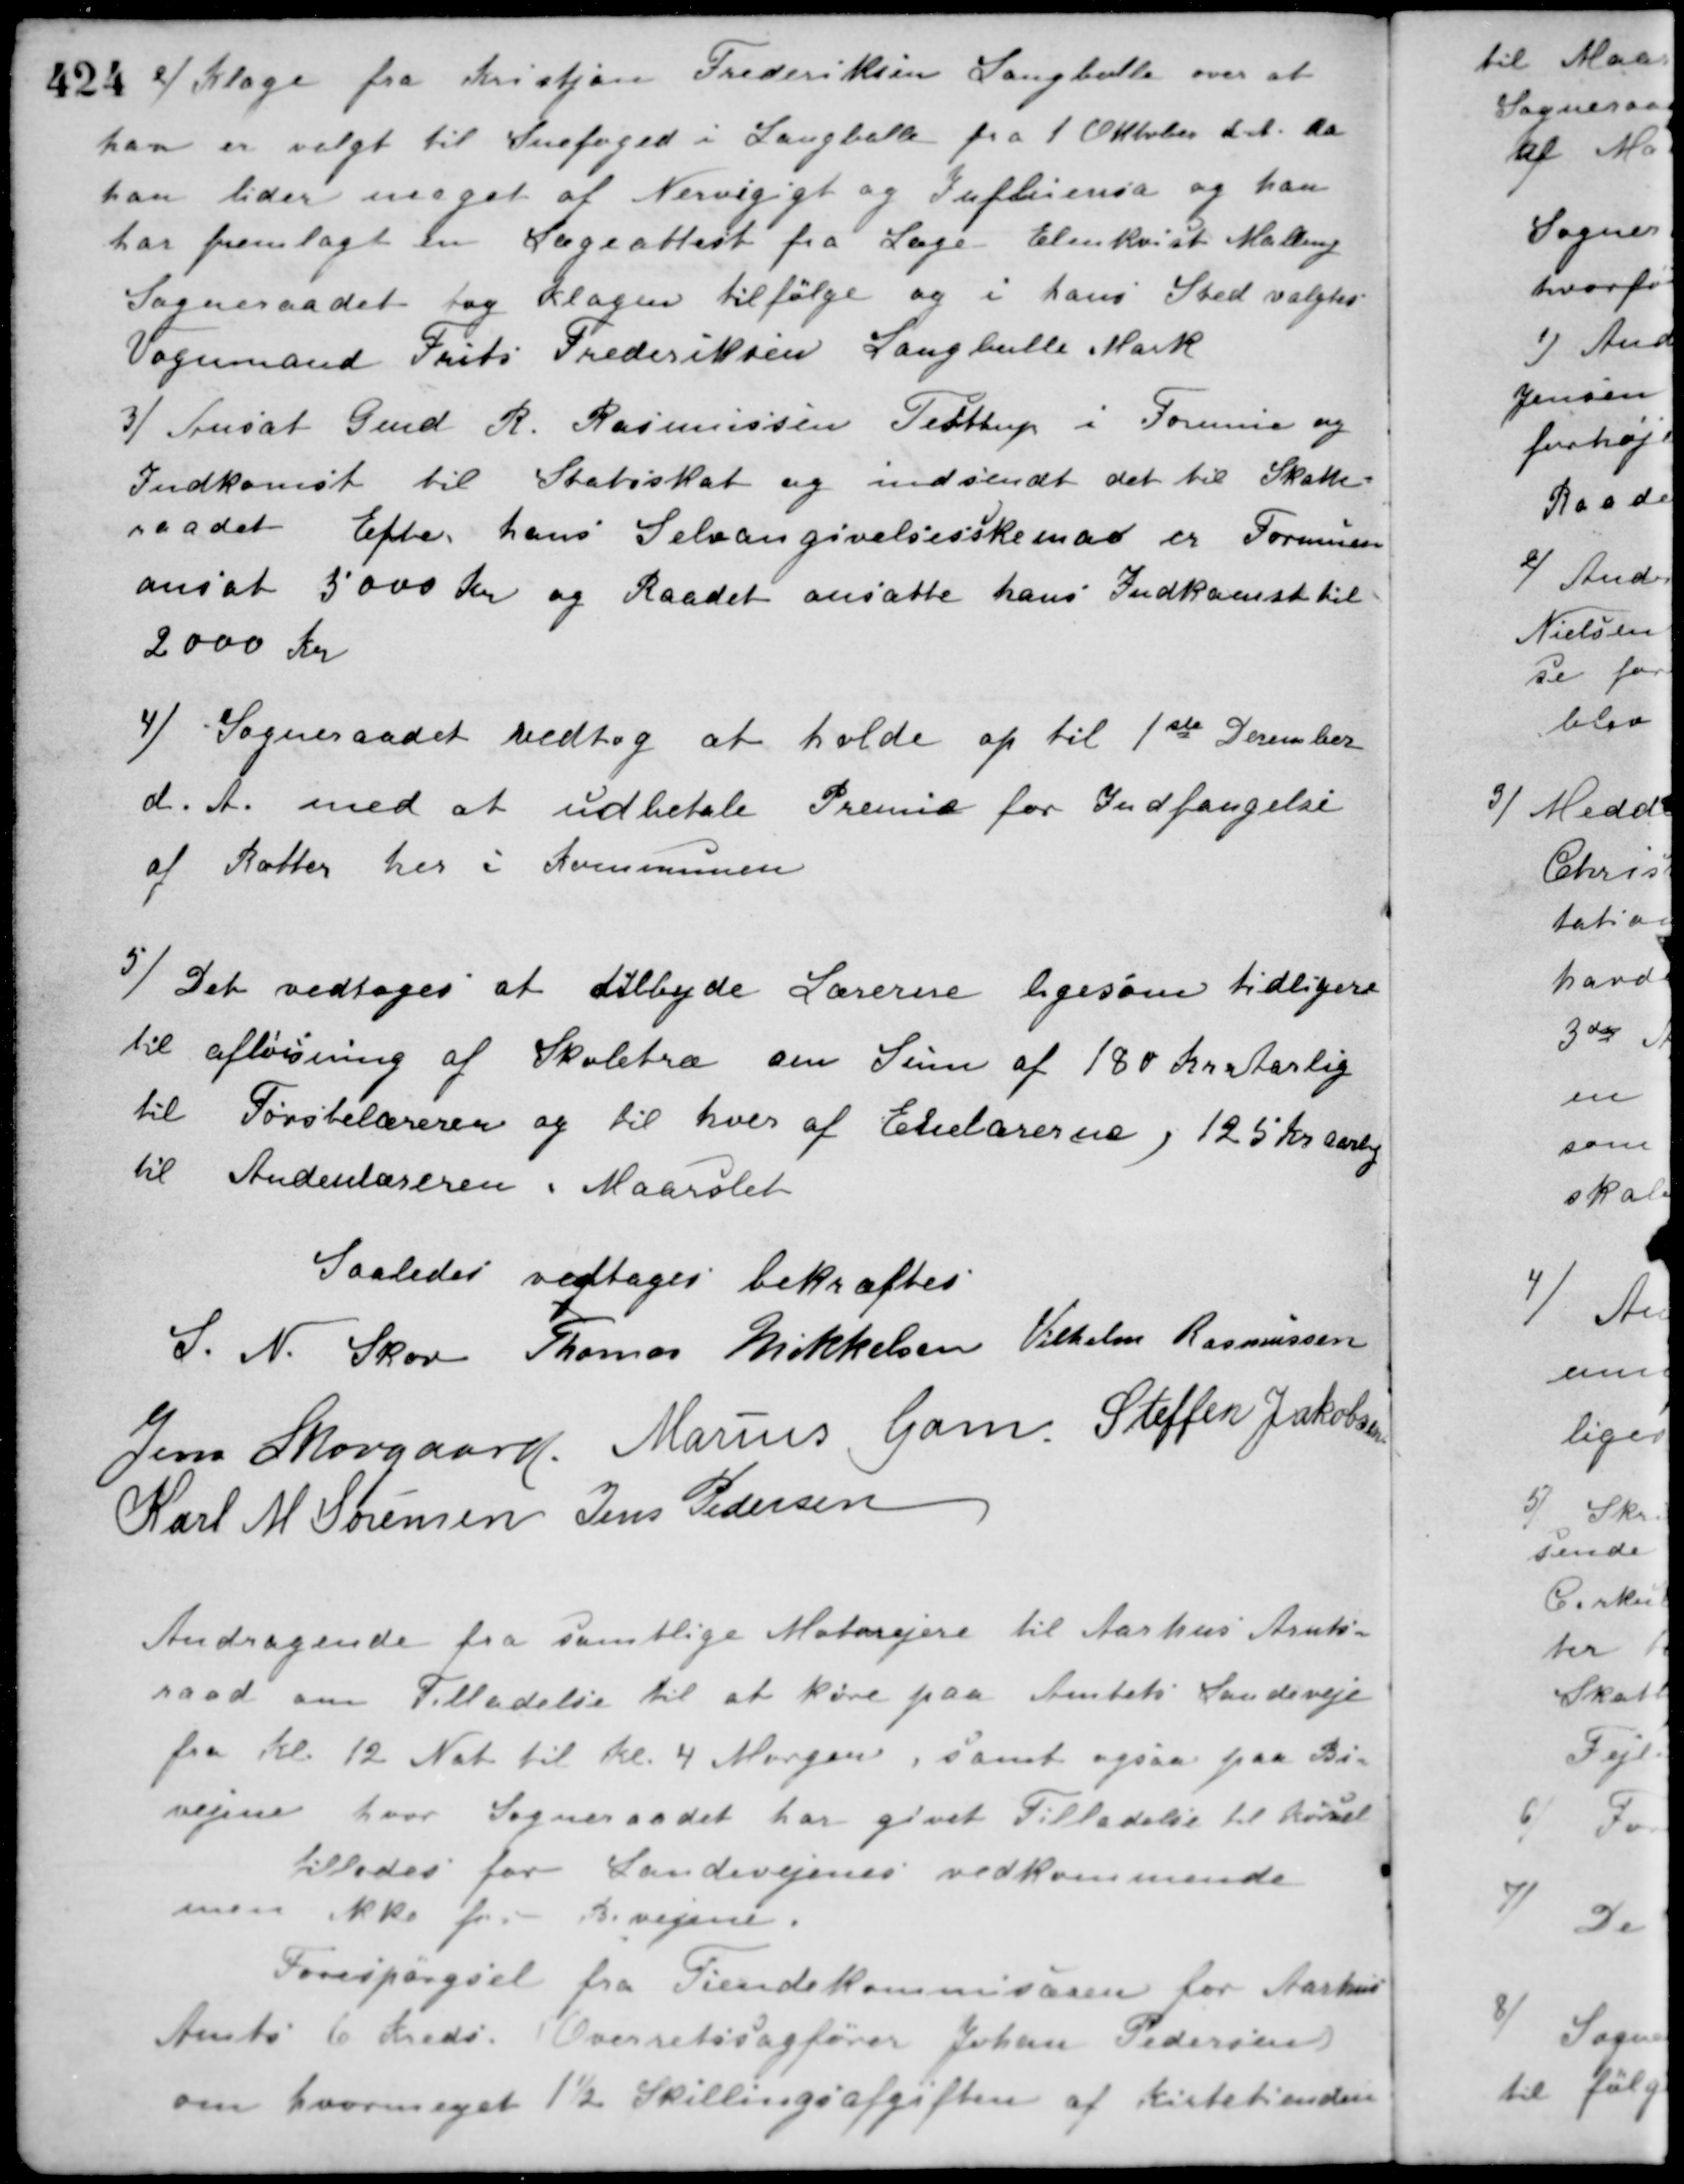
Transskription:
2/ Klage fra Kristjan Frederiksen Langballe over at
han er valgt til Snefoged i Langballe fra 1 Oktober d. A. da
han lider meget af Nervegigt og Influensa og han
har fremlagt en Lægeattest fra Læge Elmkvist Malling
Sogneraadet tog Klagen tilfølge og i hans Sted valgtes
Vognmand Frits Frederiksen Langballe Mark.
3/ Ansat Gmd. R. Rasmussen Testrup i Formue og
Indkomst til Statsskat og indsendt det til Skatte-
raadet. Efter hans Selvangivelsesskema er Formuen
ansat 5000 Kr. og Raadet ansatte hans Indkomst til
2000 Kr.
4/ Sogneraadet vedtog at holde op til 1ste December
d. A. med at udbetale Præmie for Indfangelse
af Rotter her i Kommunen
5/ Det vedtoges at tilbyde Lærerere ligesom tidligere
til afløsning af Skoletræ en Sum af 180 Kr. Aarlig
til Førstelæreren og til hver af Enelærerne, 125 Kr. Aarlig
til Andenlæreren i Maarslet
Saaledes vedtaget bekræftes
S. N. Skov Thomas Mikkelsen Vilhelm Rasmussen
Jens Skovgaard Marius Gam Steffen Jakobsen
Karl M. Sørensen Jens Pedersen
Andragende fra samtlige Motorejere til Aarhus Amts-
raad om Tilladelse til at køre paa Amtets Landeveje
fra Kl. 12 Nat til Kl. 4 Morgen, samt ogsaa paa Bi-
vejene hvor Sogneraadet har givet Tilladelse til kørsel
tillodes for Landevejenes vedkommende
men ikke for Bivejene.
Forespørgsel fra Tiendekommisæren for Aarhus
Amts 6 Kreds. Overretssagfører Johan Pedersen
om hvormeget 1½ Skillingsafgiften af Kirketienden